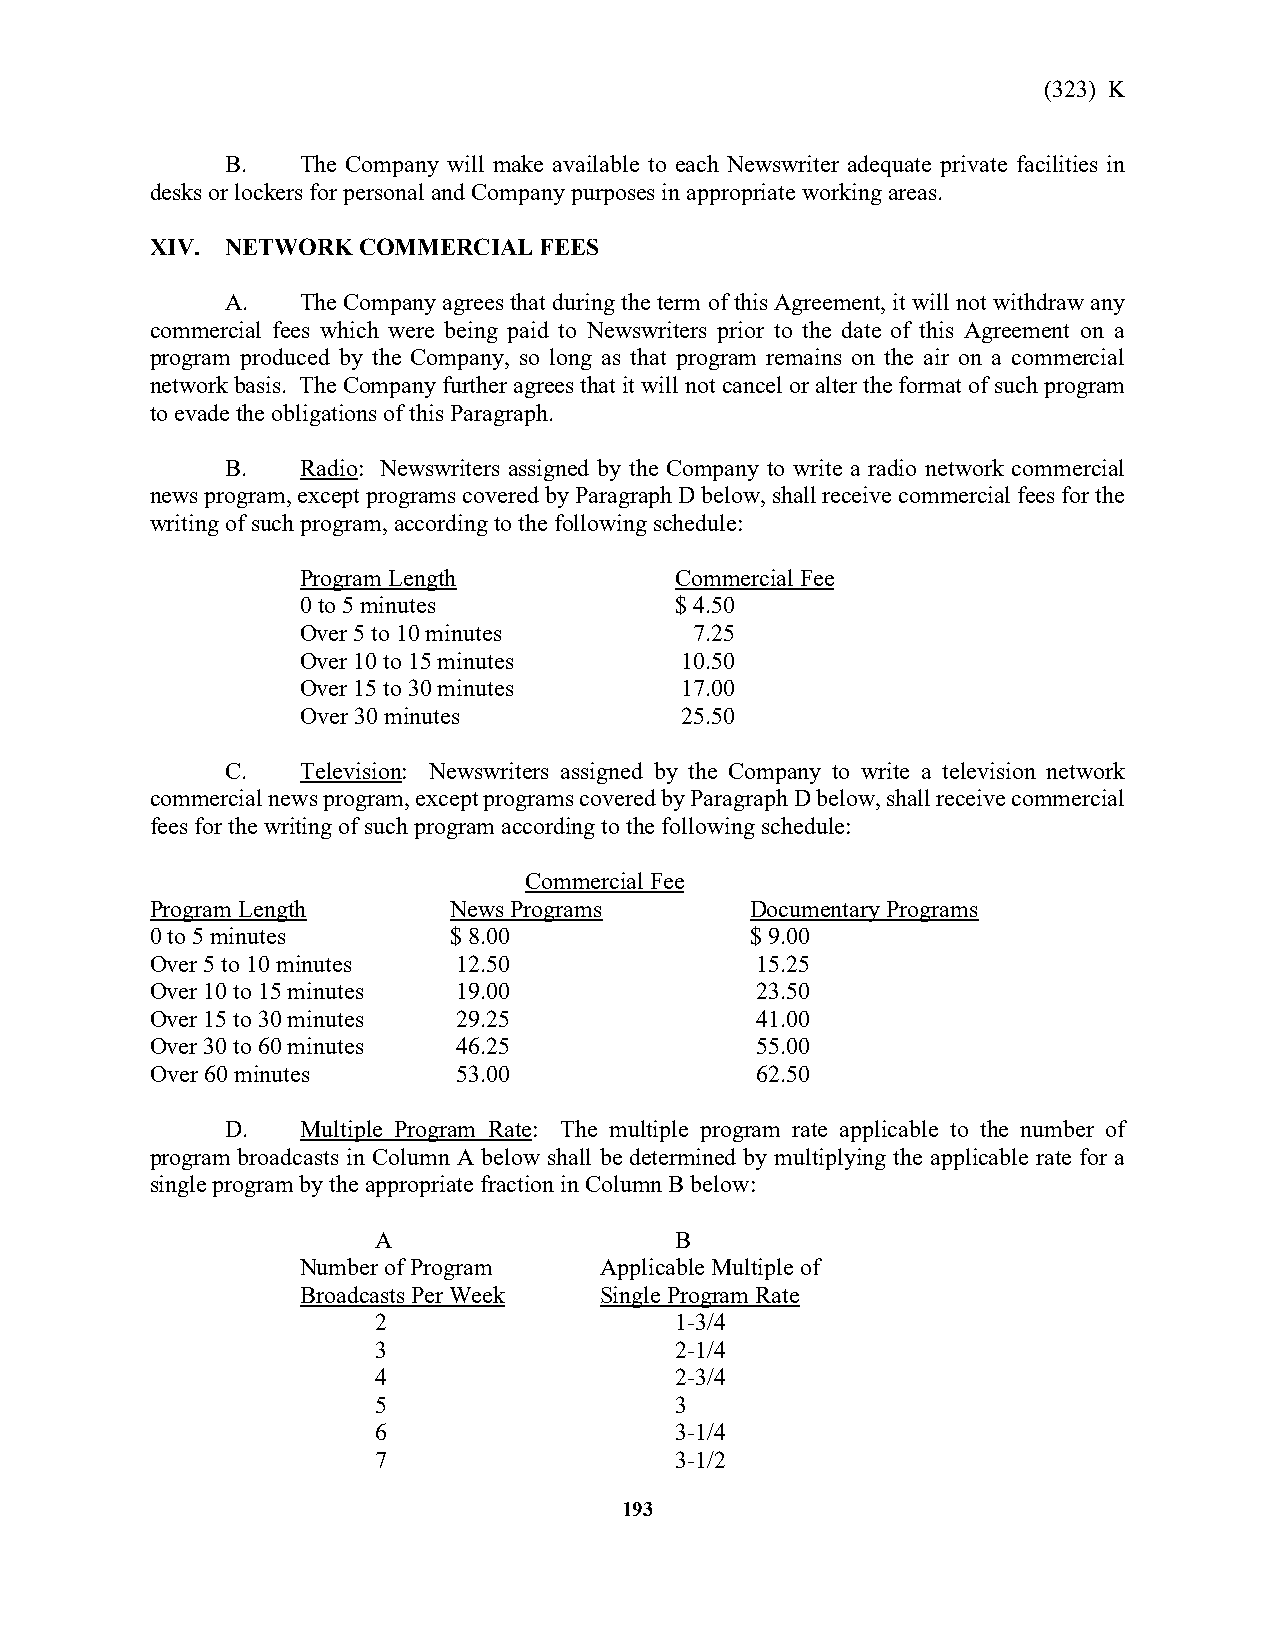
(323) K
 B.   The Company will make available to each Newswriter adequate private facilities in
 desks or lockers for personal and Company purposes in appropriate working areas.
 XIV. NETWORK  COMMERCIAL  FEES
 A.   The Company agrees that during the term of this Agreement, it will not withdraw any
 commercial fees which were being paid to Newswriters prior to the date of this Agreement on a
 program produced by the Company, so long as that program remains on the air on a commercial
 network basis. The Company further agrees that it will not cancel or alter the format of such program
 to evade the obligations of this Paragraph.
 B.   Radio: Newswriters assigned by the Company to write a radio network commercial
 news program, except programs covered by Paragraph D below, shall receive commercial fees for the
 writing of such program, according to the following schedule:
 Program Length           Commercial Fee
 0 to 5 minutes           $ 4.50
 Over 5 to 10 minutes      7.25
 Over 10 to 15 minutes    10.50
 Over 15 to 30 minutes    17.00
 Over 30 minutes          25.50
 C.   Television: Newswriters assigned by the Company to write a television network
 commercial news program, except programs covered by Paragraph D below, shall receive commercial
 fees for the writing of such program according to the following schedule:
 Commercial Fee
 Program Length      News Programs       Documentary Programs
 0 to 5 minutes      $ 8.00              $ 9.00
 Over 5 to 10 minutes 12.50              15.25
 Over 10 to 15 minutes 19.00             23.50
 Over 15 to 30 minutes 29.25             41.00
 Over 30 to 60 minutes 46.25             55.00
 Over 60 minutes     53.00               62.50
 D.   Multiple Program Rate: The multiple program rate applicable to the number of
 program broadcasts in Column A below shall be determined by multiplying the applicable rate for a
 single program by the appropriate fraction in Column B below:
 A                   B
 Number of Program   Applicable Multiple of
 Broadcasts Per Week Single Program Rate
 2                   1-3/4
 3                   2-1/4
 4                   2-3/4
 5                   3
 6                   3-1/4
 7                   3-1/2
 193